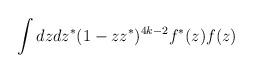
LaTeX: \begin{align*}\int d z d z^* (1 - z z^*)^{4 k - 2} f^*(z) f(z)\end{align*}